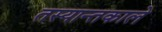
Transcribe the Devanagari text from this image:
तस्यान्तकाले